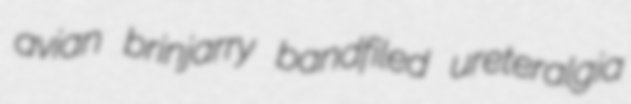
avian brinjarry bandfiled ureteralgia